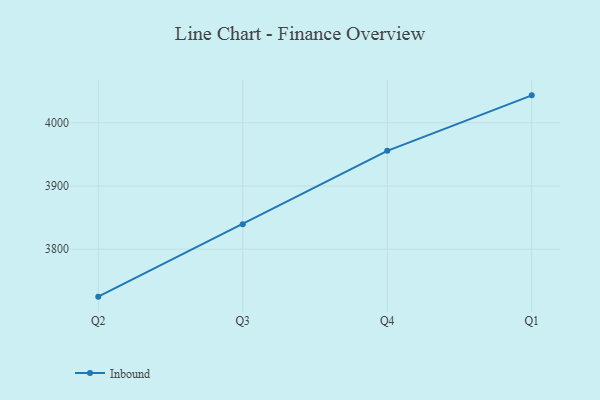
{"axis": {"x": "Quarter", "y": "Demand Index"}, "legend": ["Inbound"], "data": [{"x": "Q2", "y": 3724.9, "type": "Inbound"}, {"x": "Q3", "y": 3839.6, "type": "Inbound"}, {"x": "Q4", "y": 3955.6, "type": "Inbound"}, {"x": "Q1", "y": 4043.3, "type": "Inbound"}]}